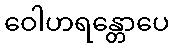
ဝေါဟရန္တောပေ